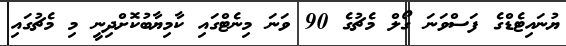
ޔުނައިޓެޑްގެ ފަސްވަނަ ގޯލް މެޗުގެ 90 ވަނަ މިނެޓްގައި ކާމިޔާބުކޮށްދިނީ މި މެޗުގައި